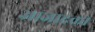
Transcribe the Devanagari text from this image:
आजादको